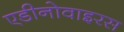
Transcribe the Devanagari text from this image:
एडीनोवाइरस